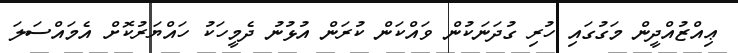
ޢިއްޒުއްދީން މަގުގައި ހުރި ގުދަނަކުން ވައްކަން ކުރަން އުޅުނު ދެމީހަކު ހައްޔަރުކޮށް އެމައްސަލަ